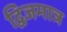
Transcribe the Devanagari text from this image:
द्विजमात्र